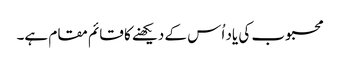
محبوب کی یاد اُس کے دیکھنے کا قائم مقام ہے۔